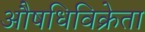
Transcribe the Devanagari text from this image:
औषधिविक्रेता